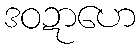
ဒဝဍာဟေ